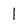
Character: l